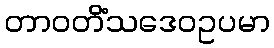
တာဝတိံသဒေဝဥပမာ